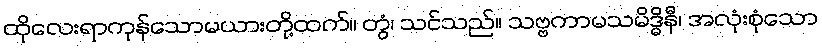
ထိုလေးရာကုန်သောမယားတို့ထက်။ တွံ၊ သင်သည်။ သဗ္ဗကာမသမိဒ္ဓိနီ၊ အလုံးစုံသော